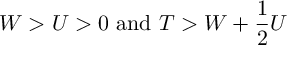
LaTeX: W > U > 0 \mathrm { ~ a n d ~ } T > W + \frac { 1 } { 2 } U